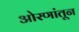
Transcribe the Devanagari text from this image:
ओरणांतून